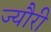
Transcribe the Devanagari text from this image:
ज्यौरी